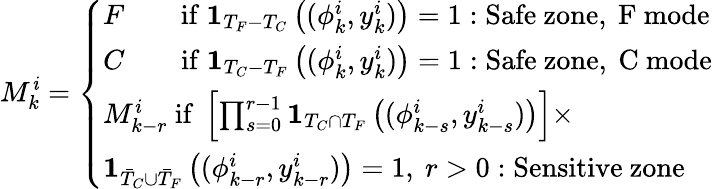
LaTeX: M_{k}^{\mathit{i}}=\left\{ \begin{array}{ll}{F\qquad\mathrm{if}\ \mathbf{1}_{T_{F}-T_{C}}\left((\phi_{k}^{i},y_{k}^{i})\right)=1:\mathrm{Safe~zone,~F~mode}}\\ {C\qquad\mathrm{if}\ \mathbf{1}_{T_{C}-T_{F}}\left((\phi_{k}^{i},y_{k}^{i})\right)=1:\mathrm{Safe~zone,~C~mode}}\\ {M_{k-r}^{i}\ \mathrm{if}\ \left[\prod_{s=0}^{r-1}\mathbf{1}_{T_{C}\cap T_{F}}\left((\phi_{k-s}^{i},y_{k-s}^{i})\right)\right]\times}\\ {\mathbf{1}_{\bar{T}_{C}\cup\bar{T}_{F}}\left((\phi_{k-r}^{i},y_{k-r}^{i})\right)=1,\ r>0:\mathrm{Sensitive~zone}}\end{array}\right.